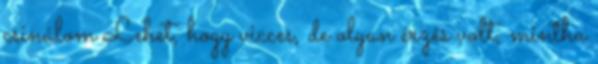
csinálom Lehet, hogy vicces, de olyan érzés volt, mintha